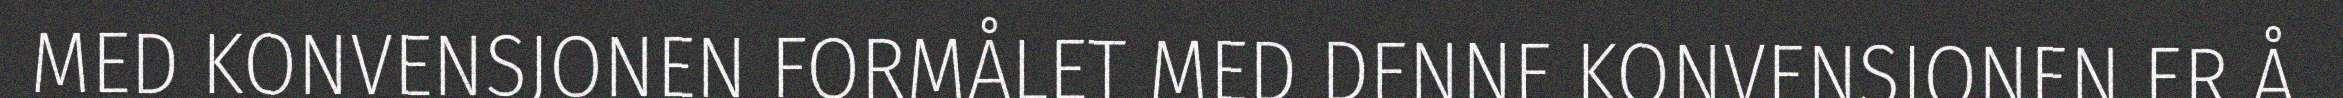
MED KONVENSJONEN FORMÅLET MED DENNE KONVENSJONEN ER Å